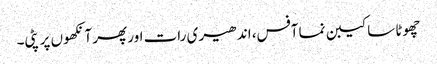
چھوٹا سا کیبن نما آفس، اندھیری رات اور پھر آنکھوں پر پٹی۔